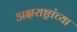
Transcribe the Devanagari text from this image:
अक्षराष्ट्रांच्या